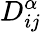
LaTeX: D_{ij}^{\alpha}